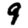
Digit: 9